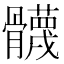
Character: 䯦